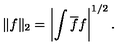
\| f \| _ { 2 } = \left| \int \overline { f } f \right| ^ { 1 / 2 } .